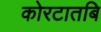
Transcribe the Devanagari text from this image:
कोरटातबि